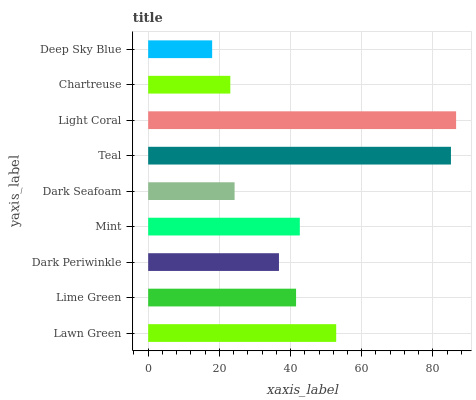
| yaxis_label | bars |
 | --- | --- |
 | Lawn Green | 52.8 |
 | Lime Green | 41.6 |
 | Dark Periwinkle | 36.7 |
 | Mint | 42.6 |
 | Dark Seafoam | 24.3 |
 | Teal | 85.1 |
 | Light Coral | 86.5 |
 | Chartreuse | 23.1 |
 | Deep Sky Blue | 18 |